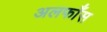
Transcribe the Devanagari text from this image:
अलफाँस